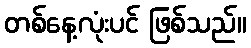
တစ်နေ့လုံးပင် ဖြစ်သည်။